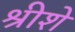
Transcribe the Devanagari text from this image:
श्रीशे